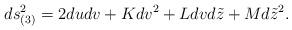
LaTeX: \begin{align*}ds_{(3)}^2=2dudv+Kdv^2+Ldvd\tilde{z}+Md\tilde{z}^2. \end{align*}